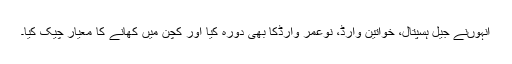
انہوںنے جیل ہسپتال، خواتین وارڈ، نوعمر وارڈکا بھی دورہ کیا اور کچن میں کھانے کا معیار چیک کیا۔